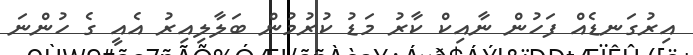
އިރުގަނޑެއް ފަހުން ނާއިކް ކާރު މަޑު ކުރުމުން ބަލާލިއިރު އެއީ ގެ ހުންނަ